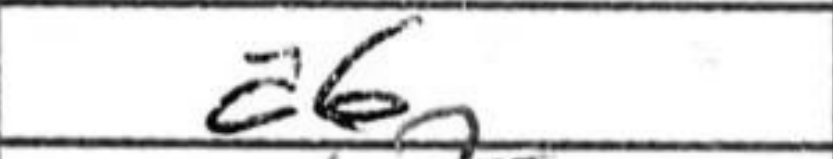
Transcription: a6